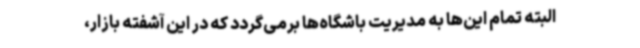
البته تمام این‌ها به مدیریت باشگاه‌ها برمی‌گردد که در این آشفته بازار،